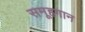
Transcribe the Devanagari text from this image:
समूहगान